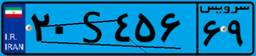
۶۴S۲۶۸۳۵